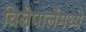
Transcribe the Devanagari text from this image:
विलेपार्लेमध्ये